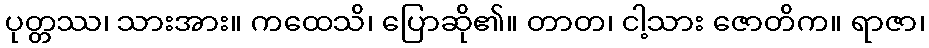
ပုတ္တဿ၊ သားအား။ ကထေသိ၊ ပြောဆို၏။ တာတ၊ ငါ့သား ဇောတိက။ ရာဇာ၊